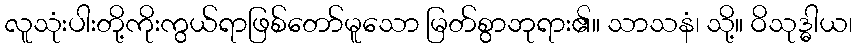
လူသုံးပါးတို့ကိုးကွယ်ရာဖြစ်တော်မူသော မြတ်စွာဘုရား၏။ သာသနံ၊ သို့။ ဝိသုဒ္ဓါယ၊